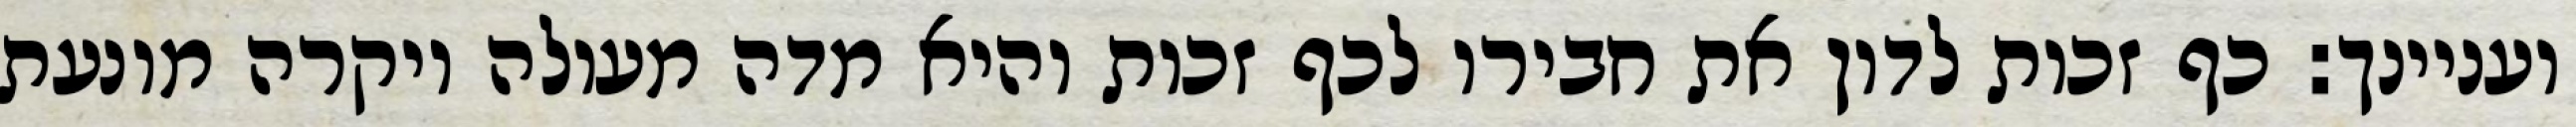
ועניינך: כף זכות לדון את חבירו לכף זכות והיא מדה מעולה ויקרה מונעת